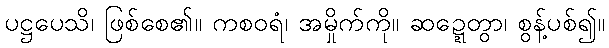
ပဋ္ဌပေသိ၊ ဖြစ်စေ၏။ ကစဝရံ၊ အမှိုက်ကို။ ဆဍ္ဍေတွာ၊ စွန့်ပစ်၍။